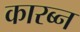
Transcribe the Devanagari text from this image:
कारब्न